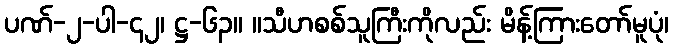
ပဏ်-၂-ပါ-၄၂၊ ဋ္ဌ-၆၃။ ။သီဟစစ်သူကြီးကိုလည်း မိန့်ကြားတော်မူပုံ၊